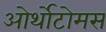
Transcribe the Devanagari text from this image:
ओर्थोटोमस